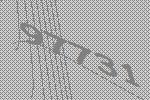
97731